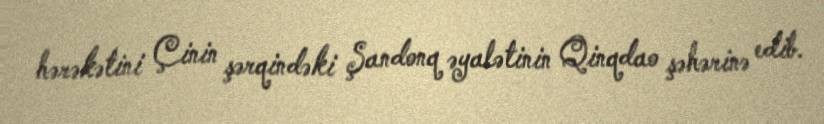
hərəkətini Çinin şərqindəki Şandonq əyalətinin Qinqdao şəhərinə edib.